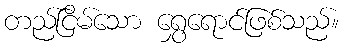
တည်ငြိမ်သော ရွှေရောင်ဖြစ်သည်။